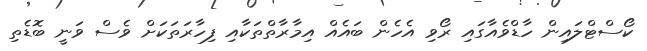
ކޯސްޓްލައިން ހާޑްވެއާގައި ރޯވި އެހެން ބައެއް އިމާރާތްތަކާއި ފިހާރަތަކަށް ވެސް ވަނީ ބޮޑެތި